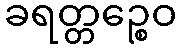
ခရတ္တဉ္စေဝ